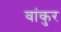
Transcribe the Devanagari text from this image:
वांकुर